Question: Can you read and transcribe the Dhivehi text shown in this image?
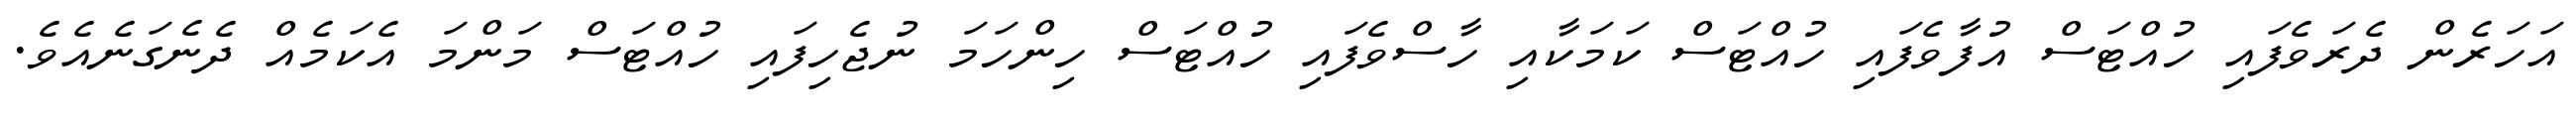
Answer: އަހަރެން ދެރަވެފައި ހުއްޓަސް އުފާވެފައި ހުއްޓަސް ކަމަކާއި ހާސްވެފައި ހުއްޓަސް ހިންހަމަ ނުޖެހިފައި ހުއްޓަސް މަންމަ އެކަމެއް ދެނެގަނެއެވެ.